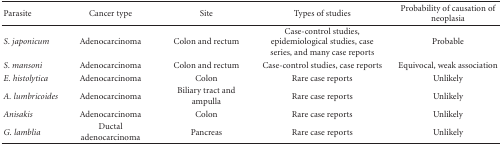
<table><thead><tr><td><b> Parasite</b></td><td><b>Cancer type</b></td><td><b>Site</b></td><td><b>Types of studies</b></td><td><b>Probability of causation of neoplasia</b></td></tr></thead><tbody><tr><td><i>S. japonicum</i></td><td>Adenocarcinoma</td><td>Colon and rectum</td><td>Case-control studies, epidemiological studies, case series, and many case reports</td><td>Probable</td></tr><tr><td><i>S. mansoni</i></td><td>Adenocarcinoma</td><td>Colon and rectum</td><td>Case-control studies, case reports</td><td>Equivocal, weak association</td></tr><tr><td><i>E. histolytica </i></td><td>Adenocarcinoma</td><td>Colon</td><td>Rare case reports</td><td>Unlikely</td></tr><tr><td><i>A. lumbricoides </i></td><td>Adenocarcinoma</td><td>Biliary tract and ampulla</td><td>Rare case reports</td><td>Unlikely</td></tr><tr><td><i>Anisakis</i></td><td>Adenocarcinoma</td><td>Colon</td><td>Rare case reports</td><td>Unlikely</td></tr><tr><td><i>G. lamblia</i></td><td>Ductal adenocarcinoma</td><td>Pancreas</td><td>Rare case reports</td><td>Unlikely</td></tr></tbody></table>